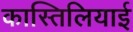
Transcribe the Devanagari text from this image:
कास्तिलियाई